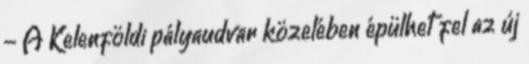
- A Kelenföldi pályaudvar közelében épülhet fel az új